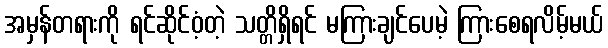
အမှန်တရားကို ရင်ဆိုင်ဝံ့တဲ့ သတ္တိရှိရင် မကြားချင်ပေမဲ့ ကြားစေရလိမ့်မယ်